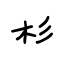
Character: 杉